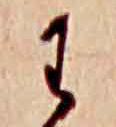
わ